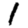
Digit: 1